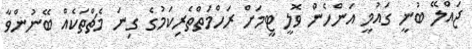
ޖައްލޭ ބުނީ ގައުމީ އަންހެން ވޮލީ ޓީމަށް ރަހްމަތްތެރިކަމުގެ ގިނަ މެޗްތަކެއް ބޭނުންވާ